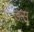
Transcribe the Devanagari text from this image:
ङस